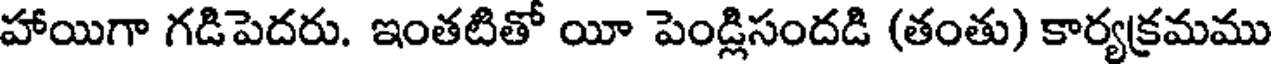
హాయిగా గడిపెదరు. ఇంతటితో యీ పెండ్లిసందడి (తంతు) కార్యక్రమము